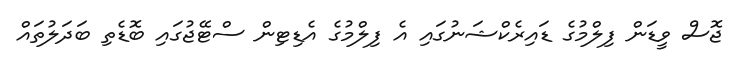
ޖޮސް ވީޑަން ފިލްމުގެ ޑައިރެކްޝަނުގައި އެ ފިލްމުގެ އެޑިޓިން ސްޓޭޖުގައި ބޮޑެތި ބަދަލުތައް